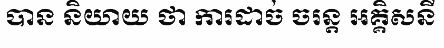
បាន និយាយ ថា ការដាច់ ចរន្ត អគ្គិសនី